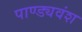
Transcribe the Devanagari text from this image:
पाण्ड्यवंश